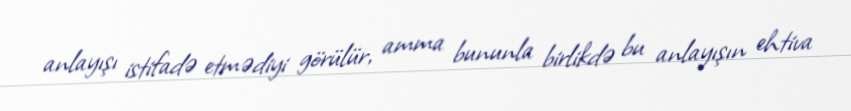
anlayışı istifadə etmədiyi görülür, amma bununla birlikdə bu anlayışın ehtiva